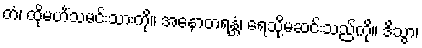
တံ၊ ထိုမဟိံသမင်းသားကို။ အနောတရန္တံ၊ ရေသို့မဆင်းသည်ကို။ ဒိသွာ၊